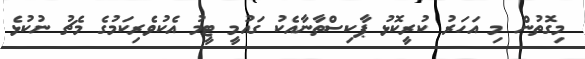
މިގޮތުން މި އަހަރު ކުރީކޮޅު ޕާކިސްތާނާއެކު ގައުމީ ޓީމު އެކުވެރިކަމުގެ މެޗު ނުކުޅެ